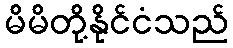
မိမိတို့နိုင်ငံသည်